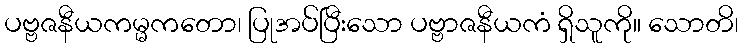
ပဗ္ဗဇနီယကမ္မကတော၊ ပြုအပ်ပြီးသော ပဗ္ဗာဇနီယကံ ရှိသူကို။ သောတိ၊